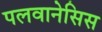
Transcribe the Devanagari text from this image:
पलवानेसिस